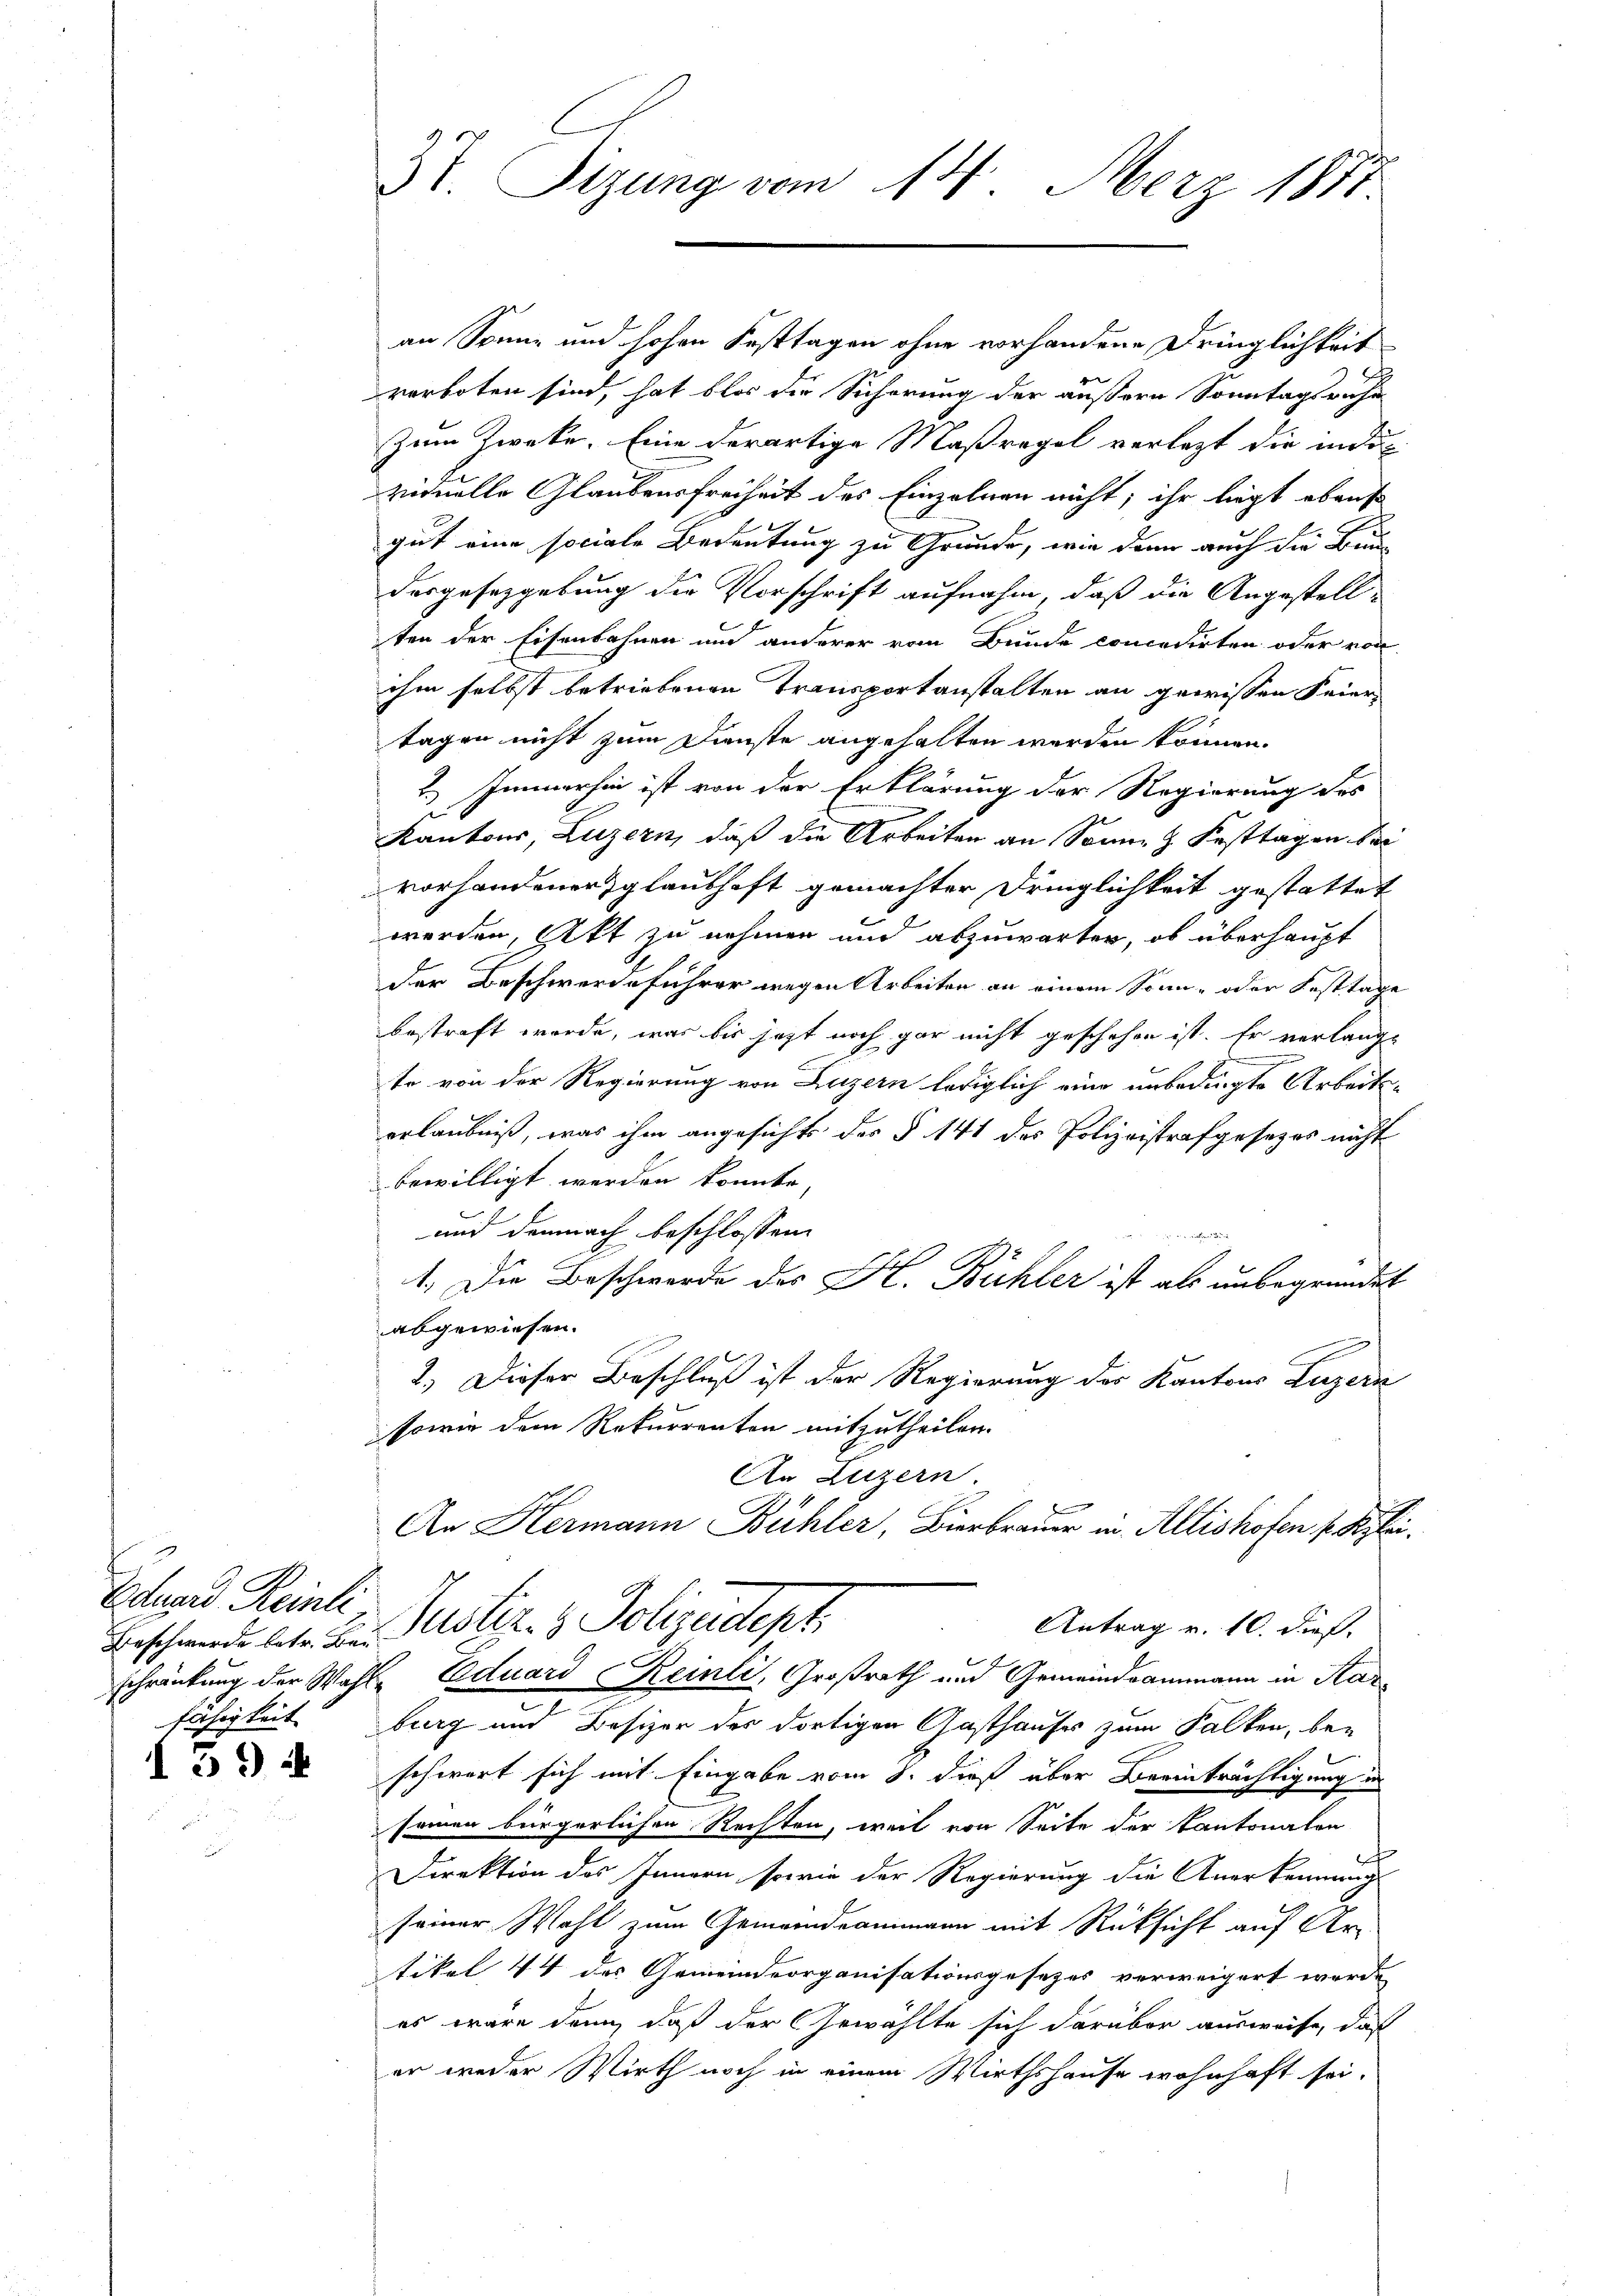
Beschwerde betr. Bei-
fähigkeit

594

I. Sizung vom 14. März 1888.

an Sonne und hohen Festtagen ohne vorhandene Dringlichkeit
verboten sind, hat blos die Sicherung der äußern Sonntagsrechn
Zum Zwecke. Eine derartige Maßregel verlezt die individuelle Glaubensfreiheit des Einzelnen nicht, ihr liegt ebens
gut eine sociale Bedeutung zu Grunde, wie dann auch die Bundesgesetzgebung die Vorschrift aufnahm, daß die Angestell-
ten der Eisenbahnen und anderer vom Bunde concedirten oder von
ihm selbst betriebenen Transportanstalten an gewissen Feier
tagen nicht zum Dienste angehalten werden können.
2.) Immerhin ist von der Erklärung der Regierung des
Kantons, Luzern, daß die Arbeiten an Sonne & Festtagen bei
vorhandener glaubhaft gemachter Dringlichkeit gestattet
werden, Akt zu nehmen und abzuwarten, ob überhaupt
der Beschwerdeführer wegen Arbeiten an einem Sonn- oder Festtage
bestraft werde, was bis jetzt noch gar nicht geschehen ist. Er verlange
e
te von der Regierung von Luzern lediglich eine unbedingte Arbeitserlaubniß, was ihm angesichts des § 141 des Polizeistrafgesezes nicht
bewilligt werden könnte,
und demnach beschlossen:
e
1. Die Beschwerde des H. Bühler ist als unbegründet
abgewiesen.
2.) Dieser Beschluß ist der Regierung der Kantons Luzern
sowie dem Rekurrenten mitzutheilen.
An Luzern.
An Hermann Bühler, Bierbrauer in Altishofen s. Klei¬
Stund Reinli, Justiz- & Polizeidept.
Antrag v. 10. dieß.
schränkung der Wahl Eduard Reinli, Großrath und Gemeindammann in Kar
burg und Besizer des dortigen Gasthauses zum Falken, beschwert sich mit Eingabe vom 8. dieß über Beeinträchtigung in
sommen bürgerlichen Rechten, weil von Seite der Kantonalen
ch
Direktion des Innern, sowie der Regierung die Anerkennung
seiner Wohl zum Gemeindeammann mit Rüksicht auf Ur-
tikel 44 des Gemeindeorganisationsgesetzes verweigert werde.
es wäre dann, daß der Gewählte sich darüber ausweise, daß
er weder Wirth noch in einem Wirthshause wohnhaft sei.